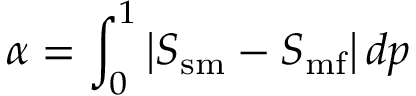
\alpha = \int _ { 0 } ^ { 1 } \left| S _ { \mathrm { s m } } - S _ { \mathrm { m f } } \right| d p